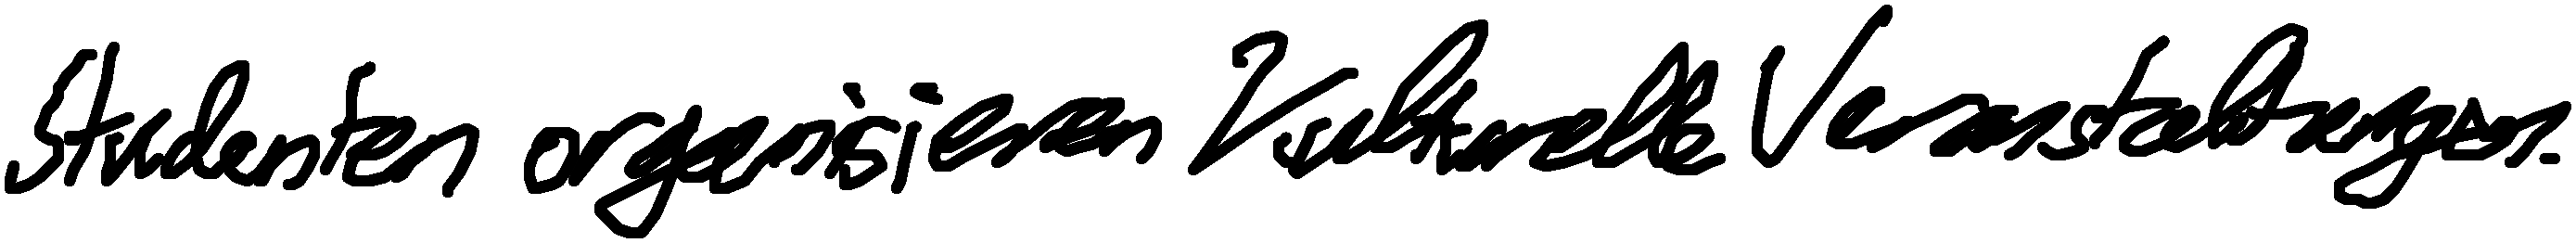
Studenten organisieren kulturelle Veranstaltungen.